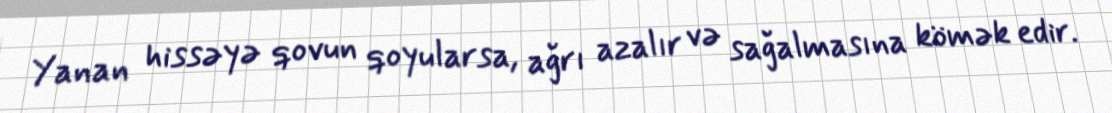
Yanan hissəyə qovun qoyularsa, ağrı azalır və sağalmasına kömək edir.